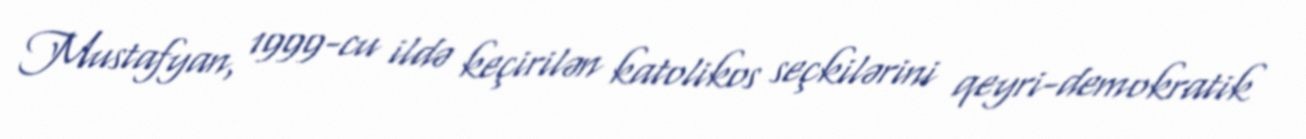
Mustafyan, 1999-cu ildə keçirilən katolikos seçkilərini qeyri-demokratik